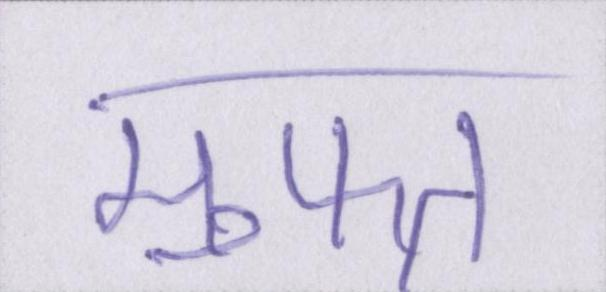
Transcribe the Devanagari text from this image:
मुफ्त